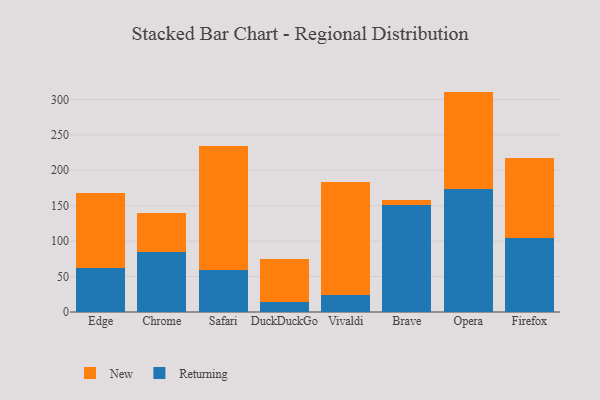
{"axis": {"x": "Browser", "y": "Budget (USD K)"}, "legend": ["New", "Returning"], "data": [{"x": "Edge", "y": 62.6, "type": "Returning"}, {"x": "Edge", "y": 105.8, "type": "New"}, {"x": "Chrome", "y": 84.1, "type": "Returning"}, {"x": "Chrome", "y": 55.1, "type": "New"}, {"x": "Safari", "y": 58.7, "type": "Returning"}, {"x": "Safari", "y": 175.0, "type": "New"}, {"x": "DuckDuckGo", "y": 14.4, "type": "Returning"}, {"x": "DuckDuckGo", "y": 60.9, "type": "New"}, {"x": "Vivaldi", "y": 23.6, "type": "Returning"}, {"x": "Vivaldi", "y": 160.4, "type": "New"}, {"x": "Brave", "y": 150.5, "type": "Returning"}, {"x": "Brave", "y": 7.3, "type": "New"}, {"x": "Opera", "y": 173.7, "type": "Returning"}, {"x": "Opera", "y": 137.3, "type": "New"}, {"x": "Firefox", "y": 104.0, "type": "Returning"}, {"x": "Firefox", "y": 113.7, "type": "New"}]}